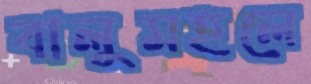
বালুমহলে